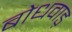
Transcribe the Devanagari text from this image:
बोधवाड़